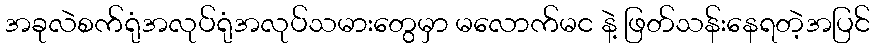
အခုလဲစက်ရုံအလုပ်ရုံအလုပ်သမားတွေမှာ မလောက်မင နဲ့ ဖြတ်သန်းနေရတဲ့အပြင်